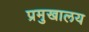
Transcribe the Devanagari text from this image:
प्रमुखालय